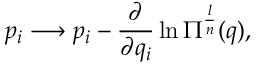
p _ { i } \longrightarrow p _ { i } - \frac { \partial } { \partial q _ { i } } \ln \Pi ^ { \frac { l } { n } } ( q ) ,